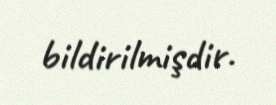
bildirilmişdir.